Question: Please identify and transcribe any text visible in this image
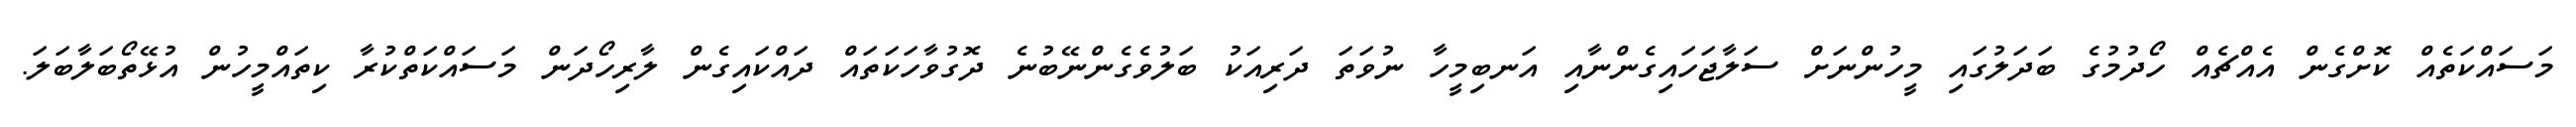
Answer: މަސައްކަތެއް ކޮށްގެން އެއްޗެއް ހޯދުމުގެ ބަދަލުގައި މީހުންނަށް ސަލާޖަހައިގެންނާއި އަނބިމީހާ ނުވަތަ ދަރިއަކު ބަލުވެގެންނޭބުނެ ދޮގުވާހަކަތައް ދައްކައިގެން ލާރިހޯދަން މަސައްކަތްކުރާ ކިތައްމީހުން އުޅޭތޯބަލާބަލަ.